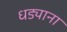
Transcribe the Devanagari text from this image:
धड्याना